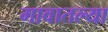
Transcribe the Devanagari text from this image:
गावातल्‍या